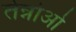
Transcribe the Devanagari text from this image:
तेन्नोओ